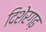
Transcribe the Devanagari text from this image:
दिशेरगढ़